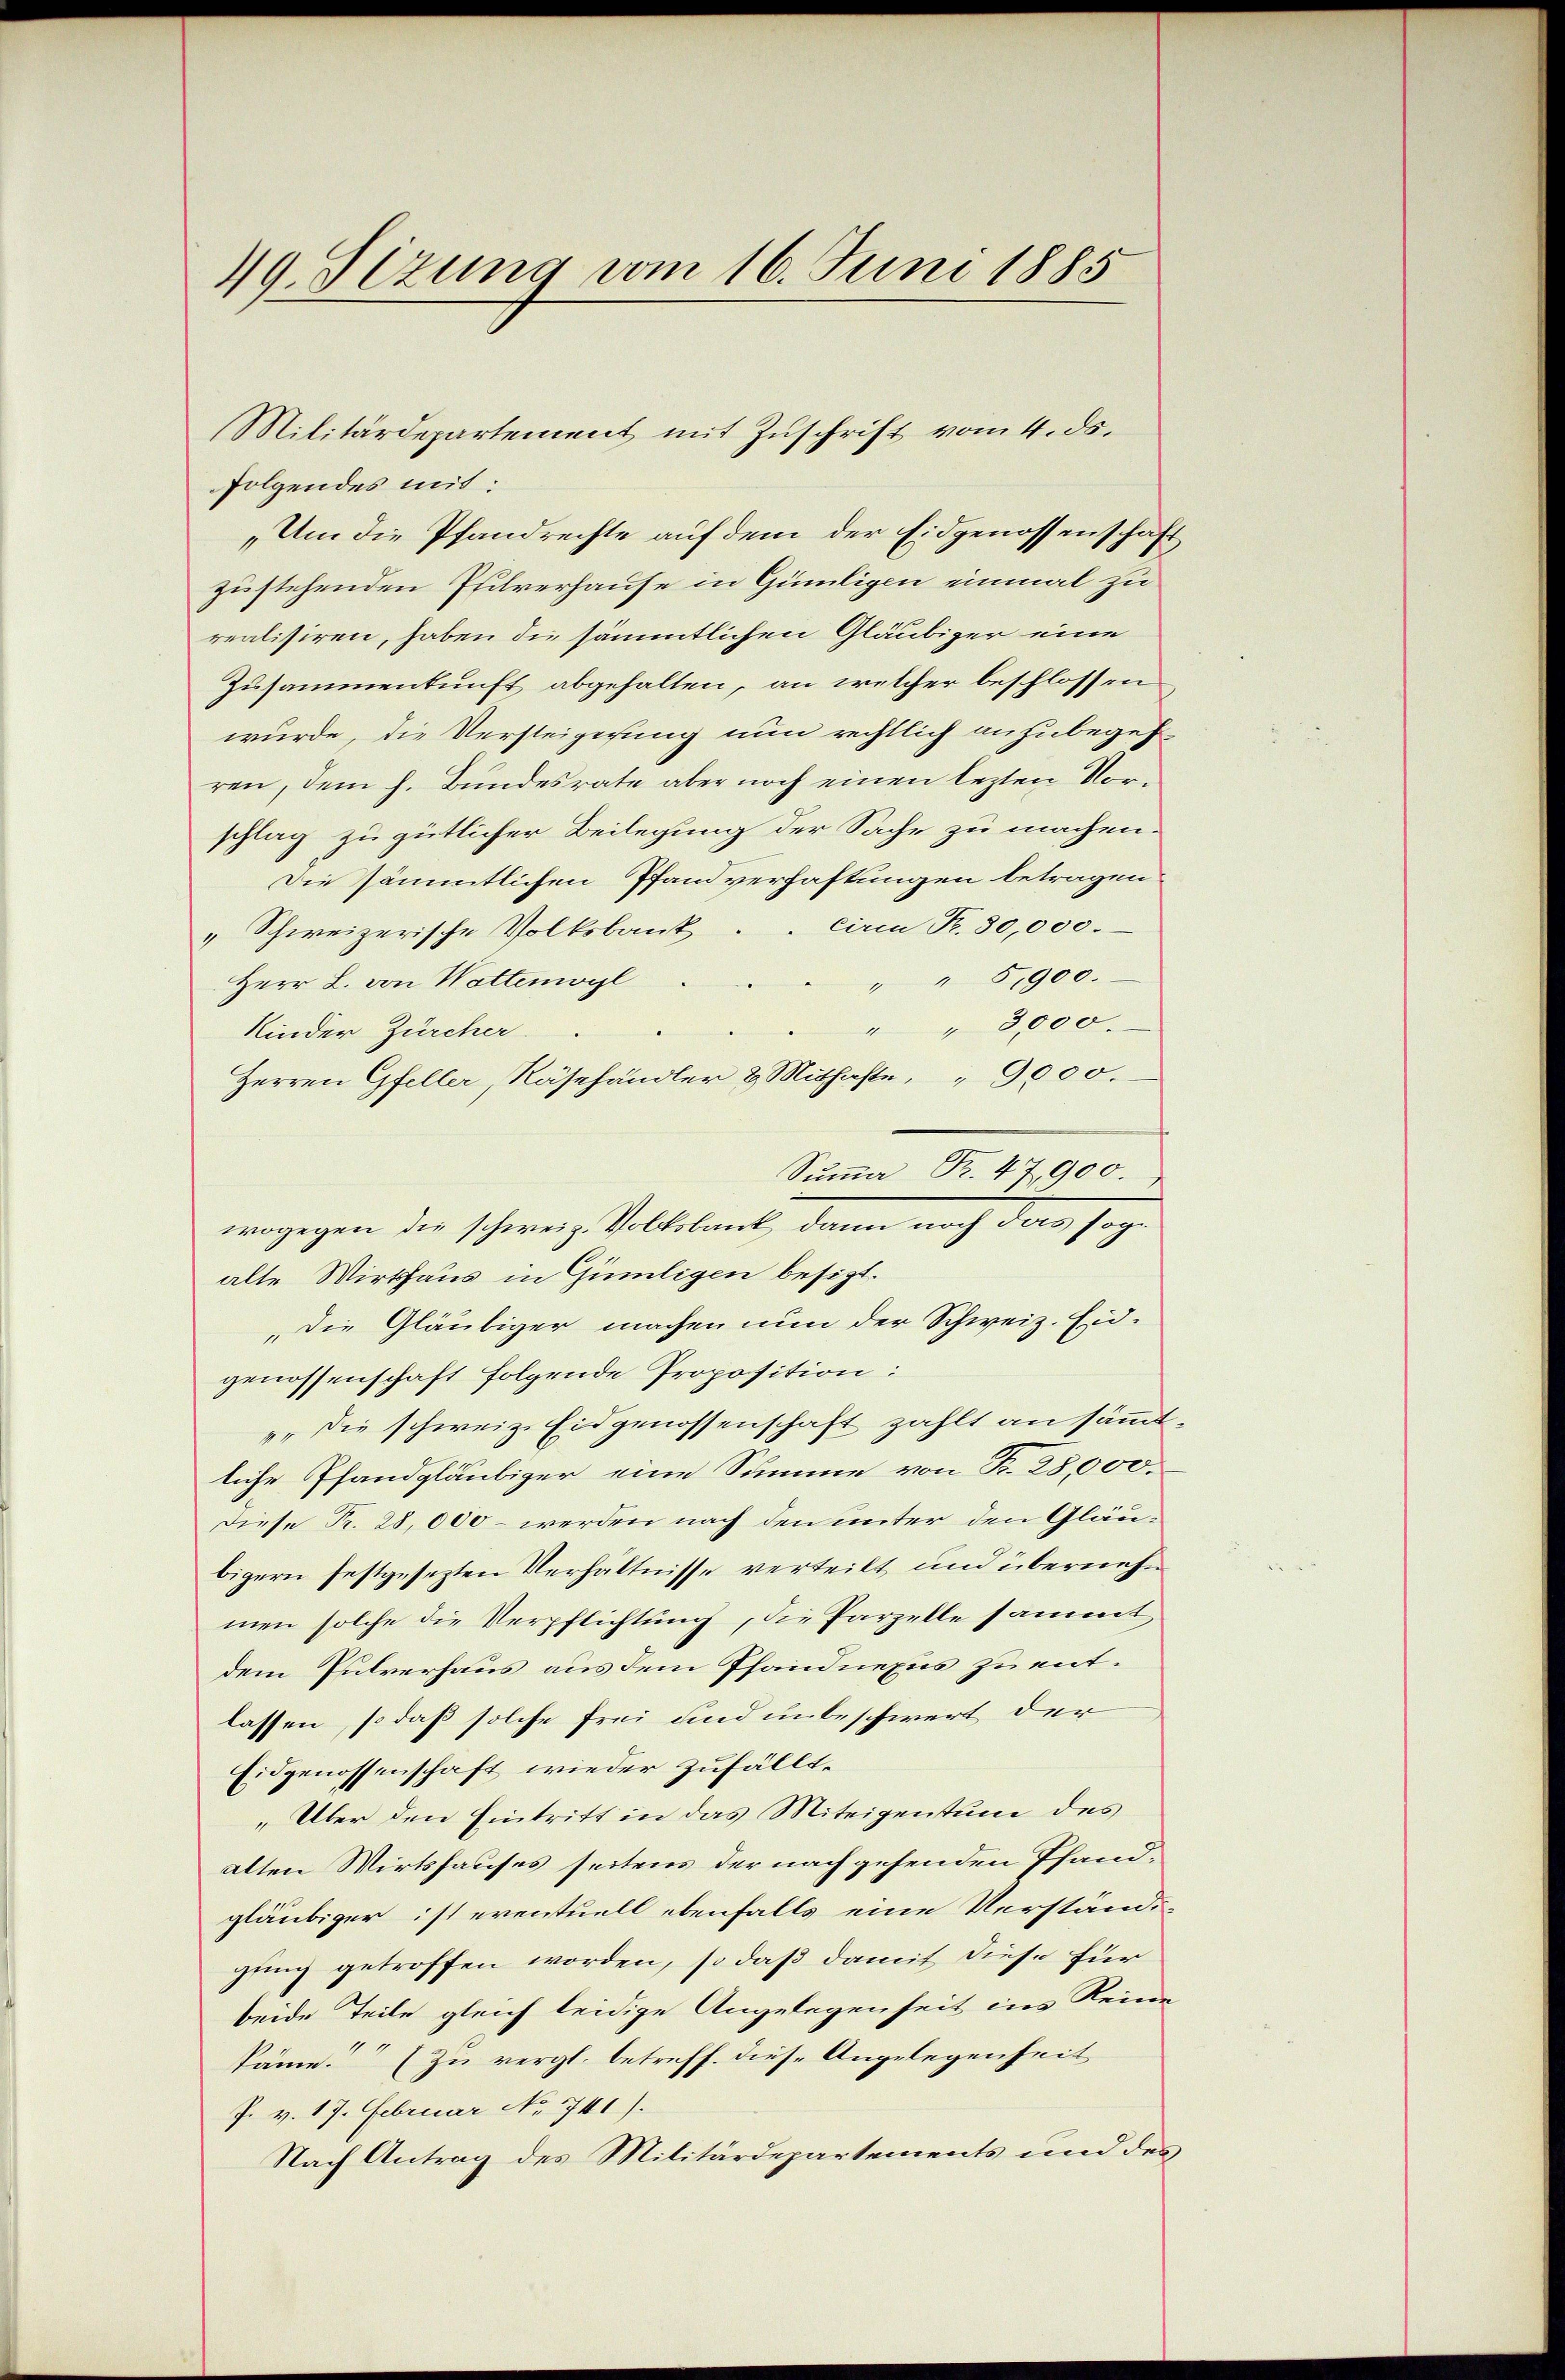
49. Sizung vom 16. Juni 1885

folgendes mit:
„Um die Pfandrechte auf dem der Eidgenossenschaft
zustehenden Pfilverhause in Gümligen einmal zu
realisiren, haben die sämmtlichen Gläubiger eine
Zusammenkunft abgehalten, an welcher beschlossen
wurde, die Versteigesung nun rechtlich anzubegehren, dem h. Bundesrate aber noch einen lezten Vorschlag zu gütlicher Beilegung der Sache zu machen.
Die sämmtlichen Pfandverhaftungen betragen
ciren Fr. 30,000.
„Schweizerische Volksbank
" " 5,900.
Herr L. von Wattenwyl
" " 3000.
Kinder Zürcher
Herren Gfeller, Räsehändler & Mithafte, " 9000.
Summa Fr. 47,900.
wogegen die schweiz. Volksbank, dann noch das sog.
alte Wirtshaus in Gümligen besizt.
„Die Gläubiger machen nun der Schweiz. Eidgenossenschaft folgende Proposition:
„die schweiz. Eidgenossenschaft zahlt an sämmtliche Pfandgläubiger eine Summe von Fr. 28,000.
Diese Fr. 28,000 – werden nach den unter den Gläubigern festgesezten Verhältnisse verteilt und übernehm
men solche die Verpflichtung, die Parzelle sammt
dem Pulverhaus aus dem Pfandnexus zu entlassen, so daß solche frei und unbeschwert der
Eidgenossenschaft wieder zufällt.
„Über den Eintritt in das Miteigentum des
alten Wirtshauses seitens der nach gehenden Pfandgläubiger ist eventuell ebenfalls eine Verständigung getroffen worden, so daß damit diese für
beide Teile gleich leidige Angelegenseit ins Reine
käme. (Zu vergl. betreff. diese Angelegenheit
P. v. 17. Februar No 741).
Nach Antrag des Militärdepartements und des

Militärdepartement mit Zuschrift vom 4. ds.